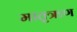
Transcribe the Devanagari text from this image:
मातृऋण